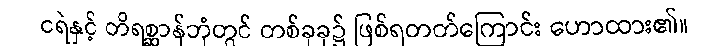
ငရဲနှင့် တိရစ္ဆာန်ဘုံတွင် တစ်ခုခု၌ ဖြစ်ရတတ်ကြောင်း ဟောထား၏။